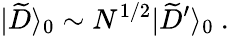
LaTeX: |{\widetilde D}\rangle_{0}\sim N^{1/2}|{\widetilde D}^{\prime}\rangle_{0}~.